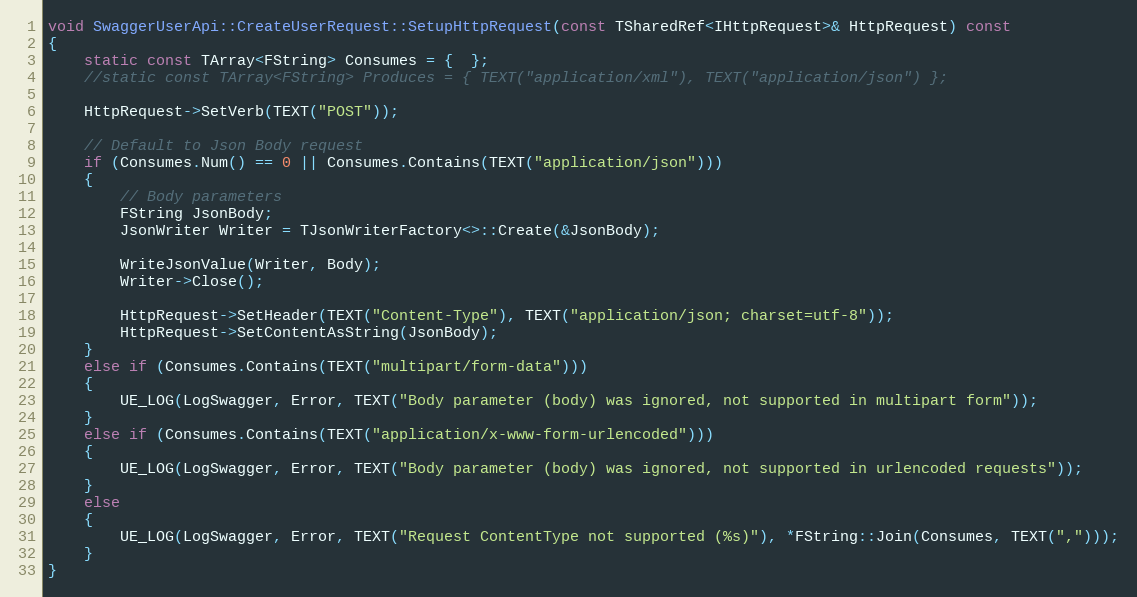
Language: C++
void SwaggerUserApi::CreateUserRequest::SetupHttpRequest(const TSharedRef<IHttpRequest>& HttpRequest) const
{
	static const TArray<FString> Consumes = {  };
	//static const TArray<FString> Produces = { TEXT("application/xml"), TEXT("application/json") };

	HttpRequest->SetVerb(TEXT("POST"));

	// Default to Json Body request
	if (Consumes.Num() == 0 || Consumes.Contains(TEXT("application/json")))
	{
		// Body parameters
		FString JsonBody;
		JsonWriter Writer = TJsonWriterFactory<>::Create(&JsonBody);

		WriteJsonValue(Writer, Body);
		Writer->Close();

		HttpRequest->SetHeader(TEXT("Content-Type"), TEXT("application/json; charset=utf-8"));
		HttpRequest->SetContentAsString(JsonBody);
	}
	else if (Consumes.Contains(TEXT("multipart/form-data")))
	{
		UE_LOG(LogSwagger, Error, TEXT("Body parameter (body) was ignored, not supported in multipart form"));
	}
	else if (Consumes.Contains(TEXT("application/x-www-form-urlencoded")))
	{
		UE_LOG(LogSwagger, Error, TEXT("Body parameter (body) was ignored, not supported in urlencoded requests"));
	}
	else
	{
		UE_LOG(LogSwagger, Error, TEXT("Request ContentType not supported (%s)"), *FString::Join(Consumes, TEXT(",")));
	}
}